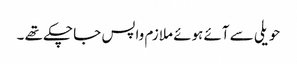
حویلی سے آئے ہوئے ملازم واپس جا چکے تھے ۔